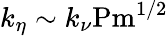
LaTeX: k_{\eta}\sim k_{\nu}\textrm{Pm}^{1/2}